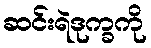
ဆင်းရဲဒုက္ခကို